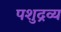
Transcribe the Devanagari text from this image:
पशुद्रव्य